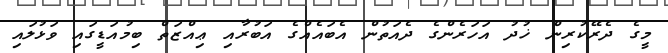
މީގެ ދެރޭކުރިން ޚުދު އަހަރެންގެ ދެއަތުން އެބައެއްގެ އަބުރާއި ޢިއްޒަތް ބިމުއަޑީގައި ވަޅުލައި